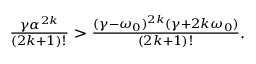
\begin{array} { r } { \frac { \gamma \alpha ^ { 2 k } } { ( 2 k + 1 ) ! } > \frac { ( \gamma - \omega _ { 0 } ) ^ { 2 k } ( \gamma + 2 k \omega _ { 0 } ) } { ( 2 k + 1 ) ! } . } \end{array}